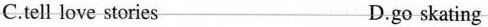
C.tell love-stories D.go skating